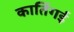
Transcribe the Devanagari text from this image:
कार्तिगई